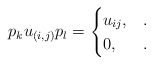
\begin{align*} p_k u_{(i,j)} p_l = \begin{cases} u_{ij}, & .\\ 0, & . \end{cases}\end{align*}